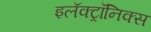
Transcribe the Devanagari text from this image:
इलॅक्ट्रॉनिक्स